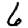
Digit: 6